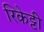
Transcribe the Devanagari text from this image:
रिकेट्टी